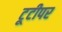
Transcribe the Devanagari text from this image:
टूटीपर